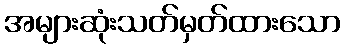
အများဆုံးသတ်မှတ်ထားသော